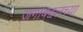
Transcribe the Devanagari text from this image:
जगाबद्दलच्या